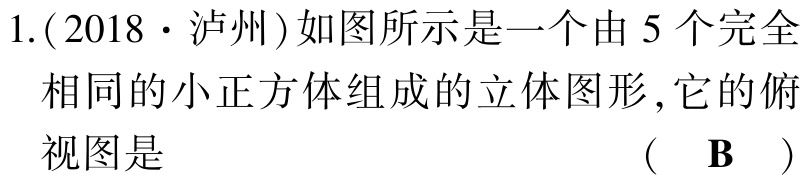
1.(2018·泸州)如图所示是一个由 \(5\) 个完全相同的小正方体组成的立体图形,它的俯视图是 （ B ）